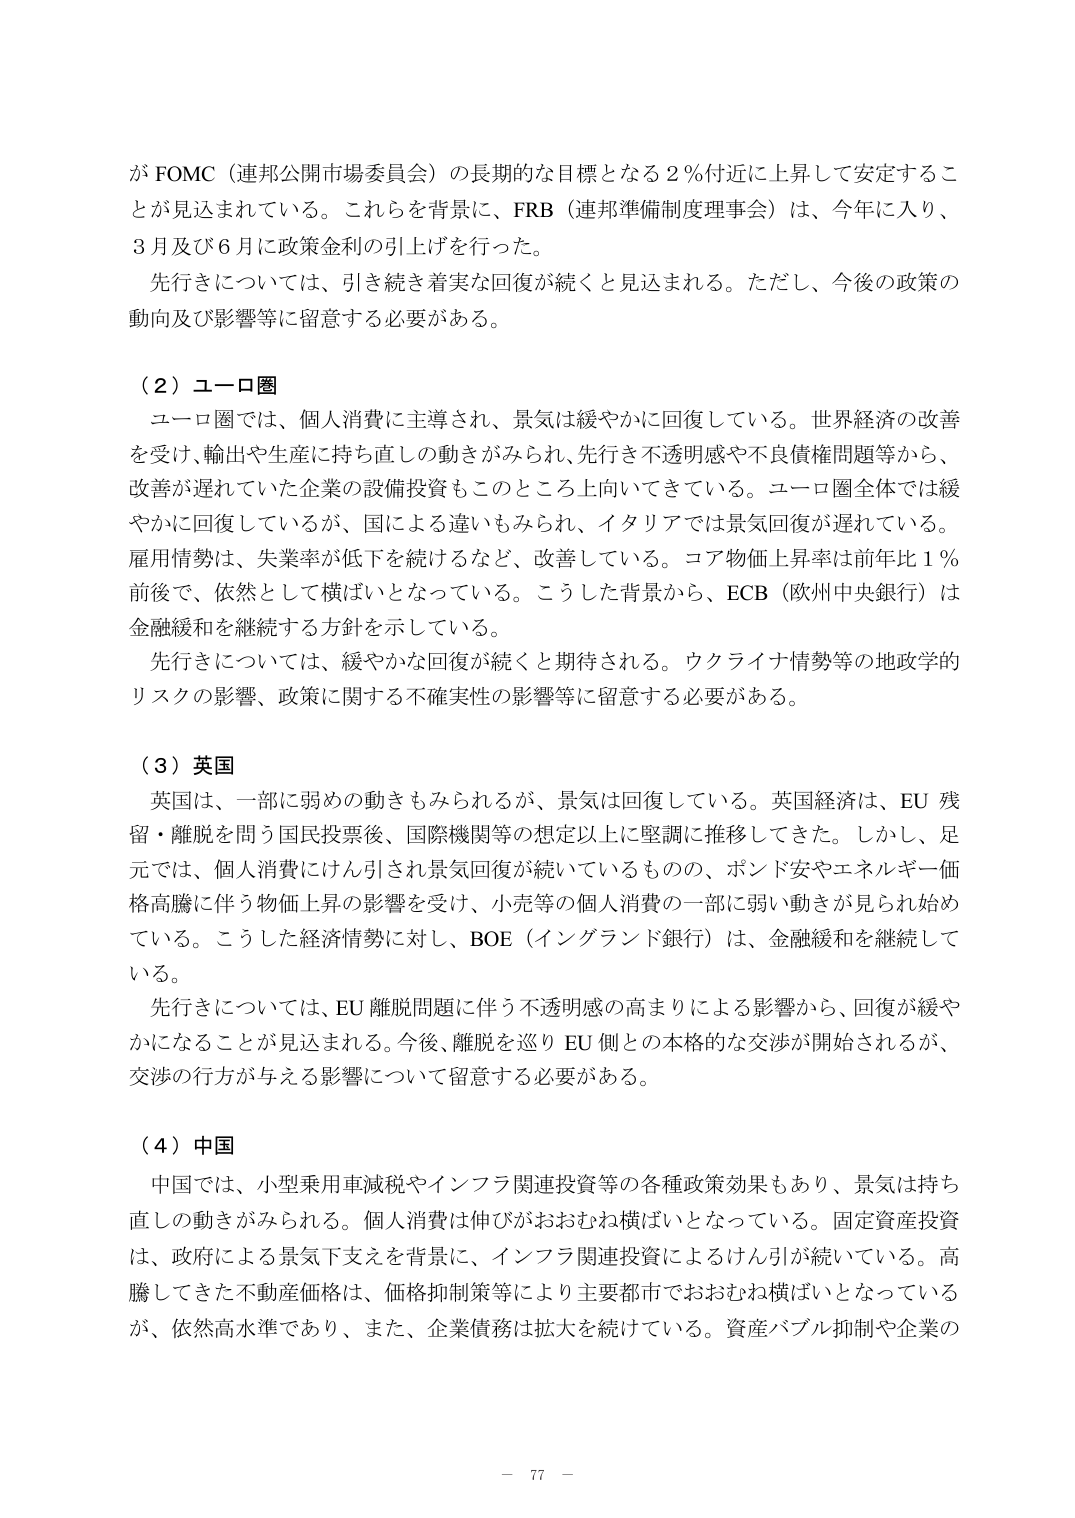
が FOMC（連邦公開市場委員会）の長期的な目標となる２％付近に上昇して安定すること が見込まれている。これらを背景に、FRB（連邦準備制度理事会）は、今年に入り、 ３月及び６月に政策金利の引上げを行った。
先行きについては、引き続き着実な回復が続くと見込まれる。ただし、今後の政策の 動向及び影響等に留意する必要がある。

（２）ユーロ圏
ユーロ圏では、個人消費に主導され、景気は緩やかに回復している。世界経済の改善 を受け、輸出や生産に持ち直しの動きがみられ、先行き不透明感や不良債権問題等から、 改善が遅れていた企業の設備投資もこのところ上向いてきている。ユーロ圏全体では緩 やかに回復しているが、国による違いもみられ、イタリアでは景気回復が遅れている。 雇用情勢は、失業率が低下を続けるなど、改善している。コア物価上昇率は前年比１％ 前後で、依然として横ばいとなっている。こうした背景から、ECB（欧州中央銀行）は 金融緩和を継続する方針を示している。
先行きについては、緩やかな回復が続くと期待される。ウクライナ情勢等の地政学的 リスクの影響、政策に関する不確実性の影響等に留意する必要がある。

（３）英国
英国は、一部に弱めの動きもみられるが、景気は回復している。英国経済は、EU 残 留・離脱を問う国民投票後、国際機関等の想定以上に堅調に推移してきた。しかし、足 元では、個人消費にけん引され景気回復が続いているものの、ボンド安やエネルギー価 格高騰に伴う物価上昇の影響を受け、小売等の個人消費の一部に弱い動きが見られ始め ている。こうした経済情勢に対し、BOE（イングランド銀行）は、金融緩和を継続して いる。
先行きについては、EU 離脱問題に伴う不透明感の高まりによる影響から、回復が緩や かになることが見込まれる。今後、離脱を巡り EU 側との本格的な交渉が開始されるが、 交渉の行方が与える影響について留意する必要がある。

（４）中国
中国では、小型乗用車減税やインフラ関連投資等の各種政策効果もあり、景気は持ち 直しの動きがみられる。個人消費は伸びがおおむね横ばいとなっている。固定資産投資 は、政府による景気下支えを背景に、インフラ関連投資によるけん引が続いている。高 騰してきた不動産価格は、価格抑制策等により主要都市でおおむね横ばいとなっている が、依然高水準であり、また、企業債務は拡大を続けている。資産バブル抑制や企業の

－ 77 －